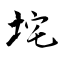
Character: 垞